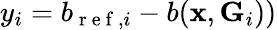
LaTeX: y_{i}=b_{\mathrm{~r~e~f~},i}-b(\mathbf{x},\mathbf{G}_{i}))